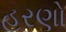
હરણો